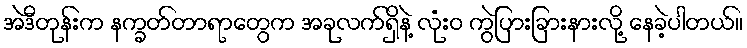
အဲဒီတုန်းက နက္ခတ်တာရာတွေက အခုလက်ရှိနဲ့ လုံးဝ ကွဲပြားခြားနားလို့ နေခဲ့ပါတယ်။